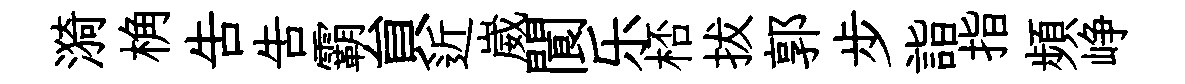
漪桷吿告霸貟近崴閬乐桮拔郭步詣指頻峥